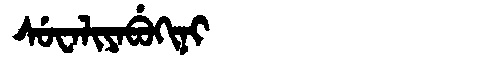
Manchu: ᠰᡠᠸᠠᠯᡳᠶᠠᠪᡠᡴᡳᠨᡳ
Romanization: SUWALIYABUKINI